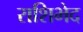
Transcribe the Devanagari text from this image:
राशिभेद